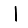
Digit: 1